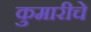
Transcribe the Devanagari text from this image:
कुमारीचे